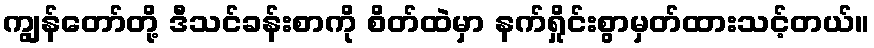
ကျွန်တော်တို့ ဒီသင်ခန်းစာကို စိတ်ထဲမှာ နက်ရှိုင်းစွာမှတ်ထားသင့်တယ်။